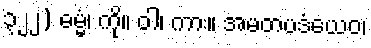
၃၂၂) ဓမ္မံ၊ ကို။ ဝါ၊ ကား။ အမတပဒံယေဝ၊